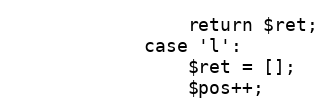
Language: PHP
				return $ret;
			case 'l':
				$ret = [];
				$pos++;